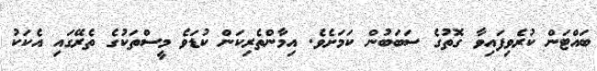
ބައްޓަން ކުރެވިފައިވާ ގޮތުގެ ސަބަބުން ކަމަށެވެ. އިމާންތެރިކަން ކުޑަވެ މީސްތަކުގެ ތެރޭގައި އެކަކު